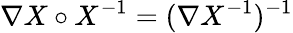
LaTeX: \nabla X\circ X^{-1}=(\nabla X^{-1})^{-1}